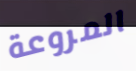
المروعة